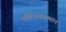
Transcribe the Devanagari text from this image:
पवित्रतमस्थान